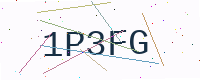
Text: 1P3FG